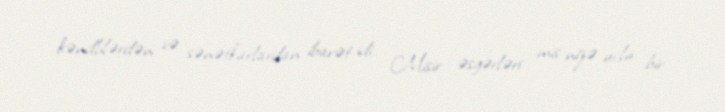
kəndlilərdən və sənətkarlardan ibarət idi. Misir əsgərləri mis nizə uclu bir